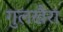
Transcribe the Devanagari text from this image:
गुलखैरा